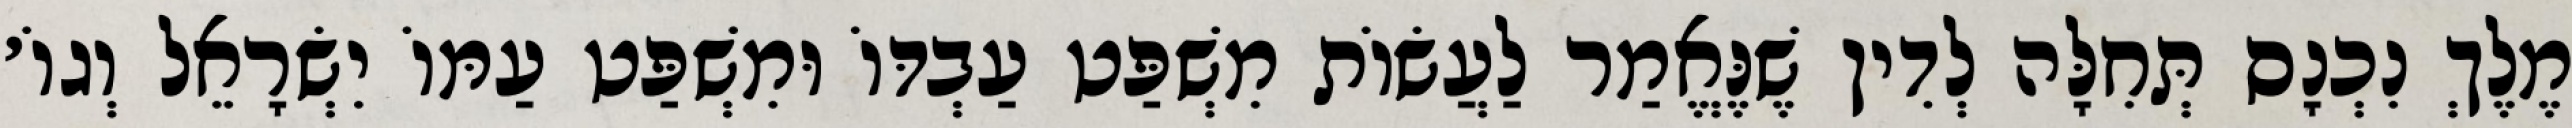
מֶלֶךְ נִכְנָס תְּחִלָּה לְדִין שֶׁנֶּאֱמַר לַעֲשׂוֹת מִשְׁפַּט עַבְדּוֹ וּמִשְׁפַּט עַמּוֹ יִשְׂרָאֵל וְגוֹ׳